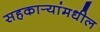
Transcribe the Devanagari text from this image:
सहकार्‍यांमधील